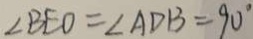
\angle B E O = \angle A D B = 9 0 ^ { \circ }